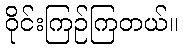
ဝိုင်းကြဉ်ကြတယ်။